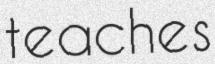
teaches